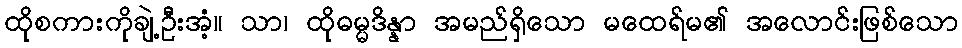
ထိုစကားကိုချဲ့ဦးအံ့။ သာ၊ ထိုဓမ္မဒိန္နာ အမည်ရှိသော မထေရ်မ၏ အလောင်းဖြစ်သော